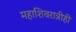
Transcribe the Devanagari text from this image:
महाशिवरात्रीही